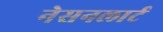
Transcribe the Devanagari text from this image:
नेसनलार्ट